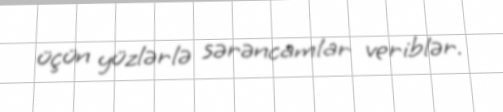
üçün yüzlərlə sərəncamlar veriblər.